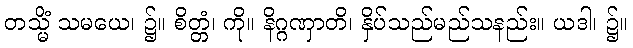
တသ္မိံ သမယေ၊ ၌။ စိတ္တံ၊ ကို။ နိဂ္ဂဏှာတိ၊ နှိပ်သည်မည်သနည်း။ ယဒါ၊ ၌။